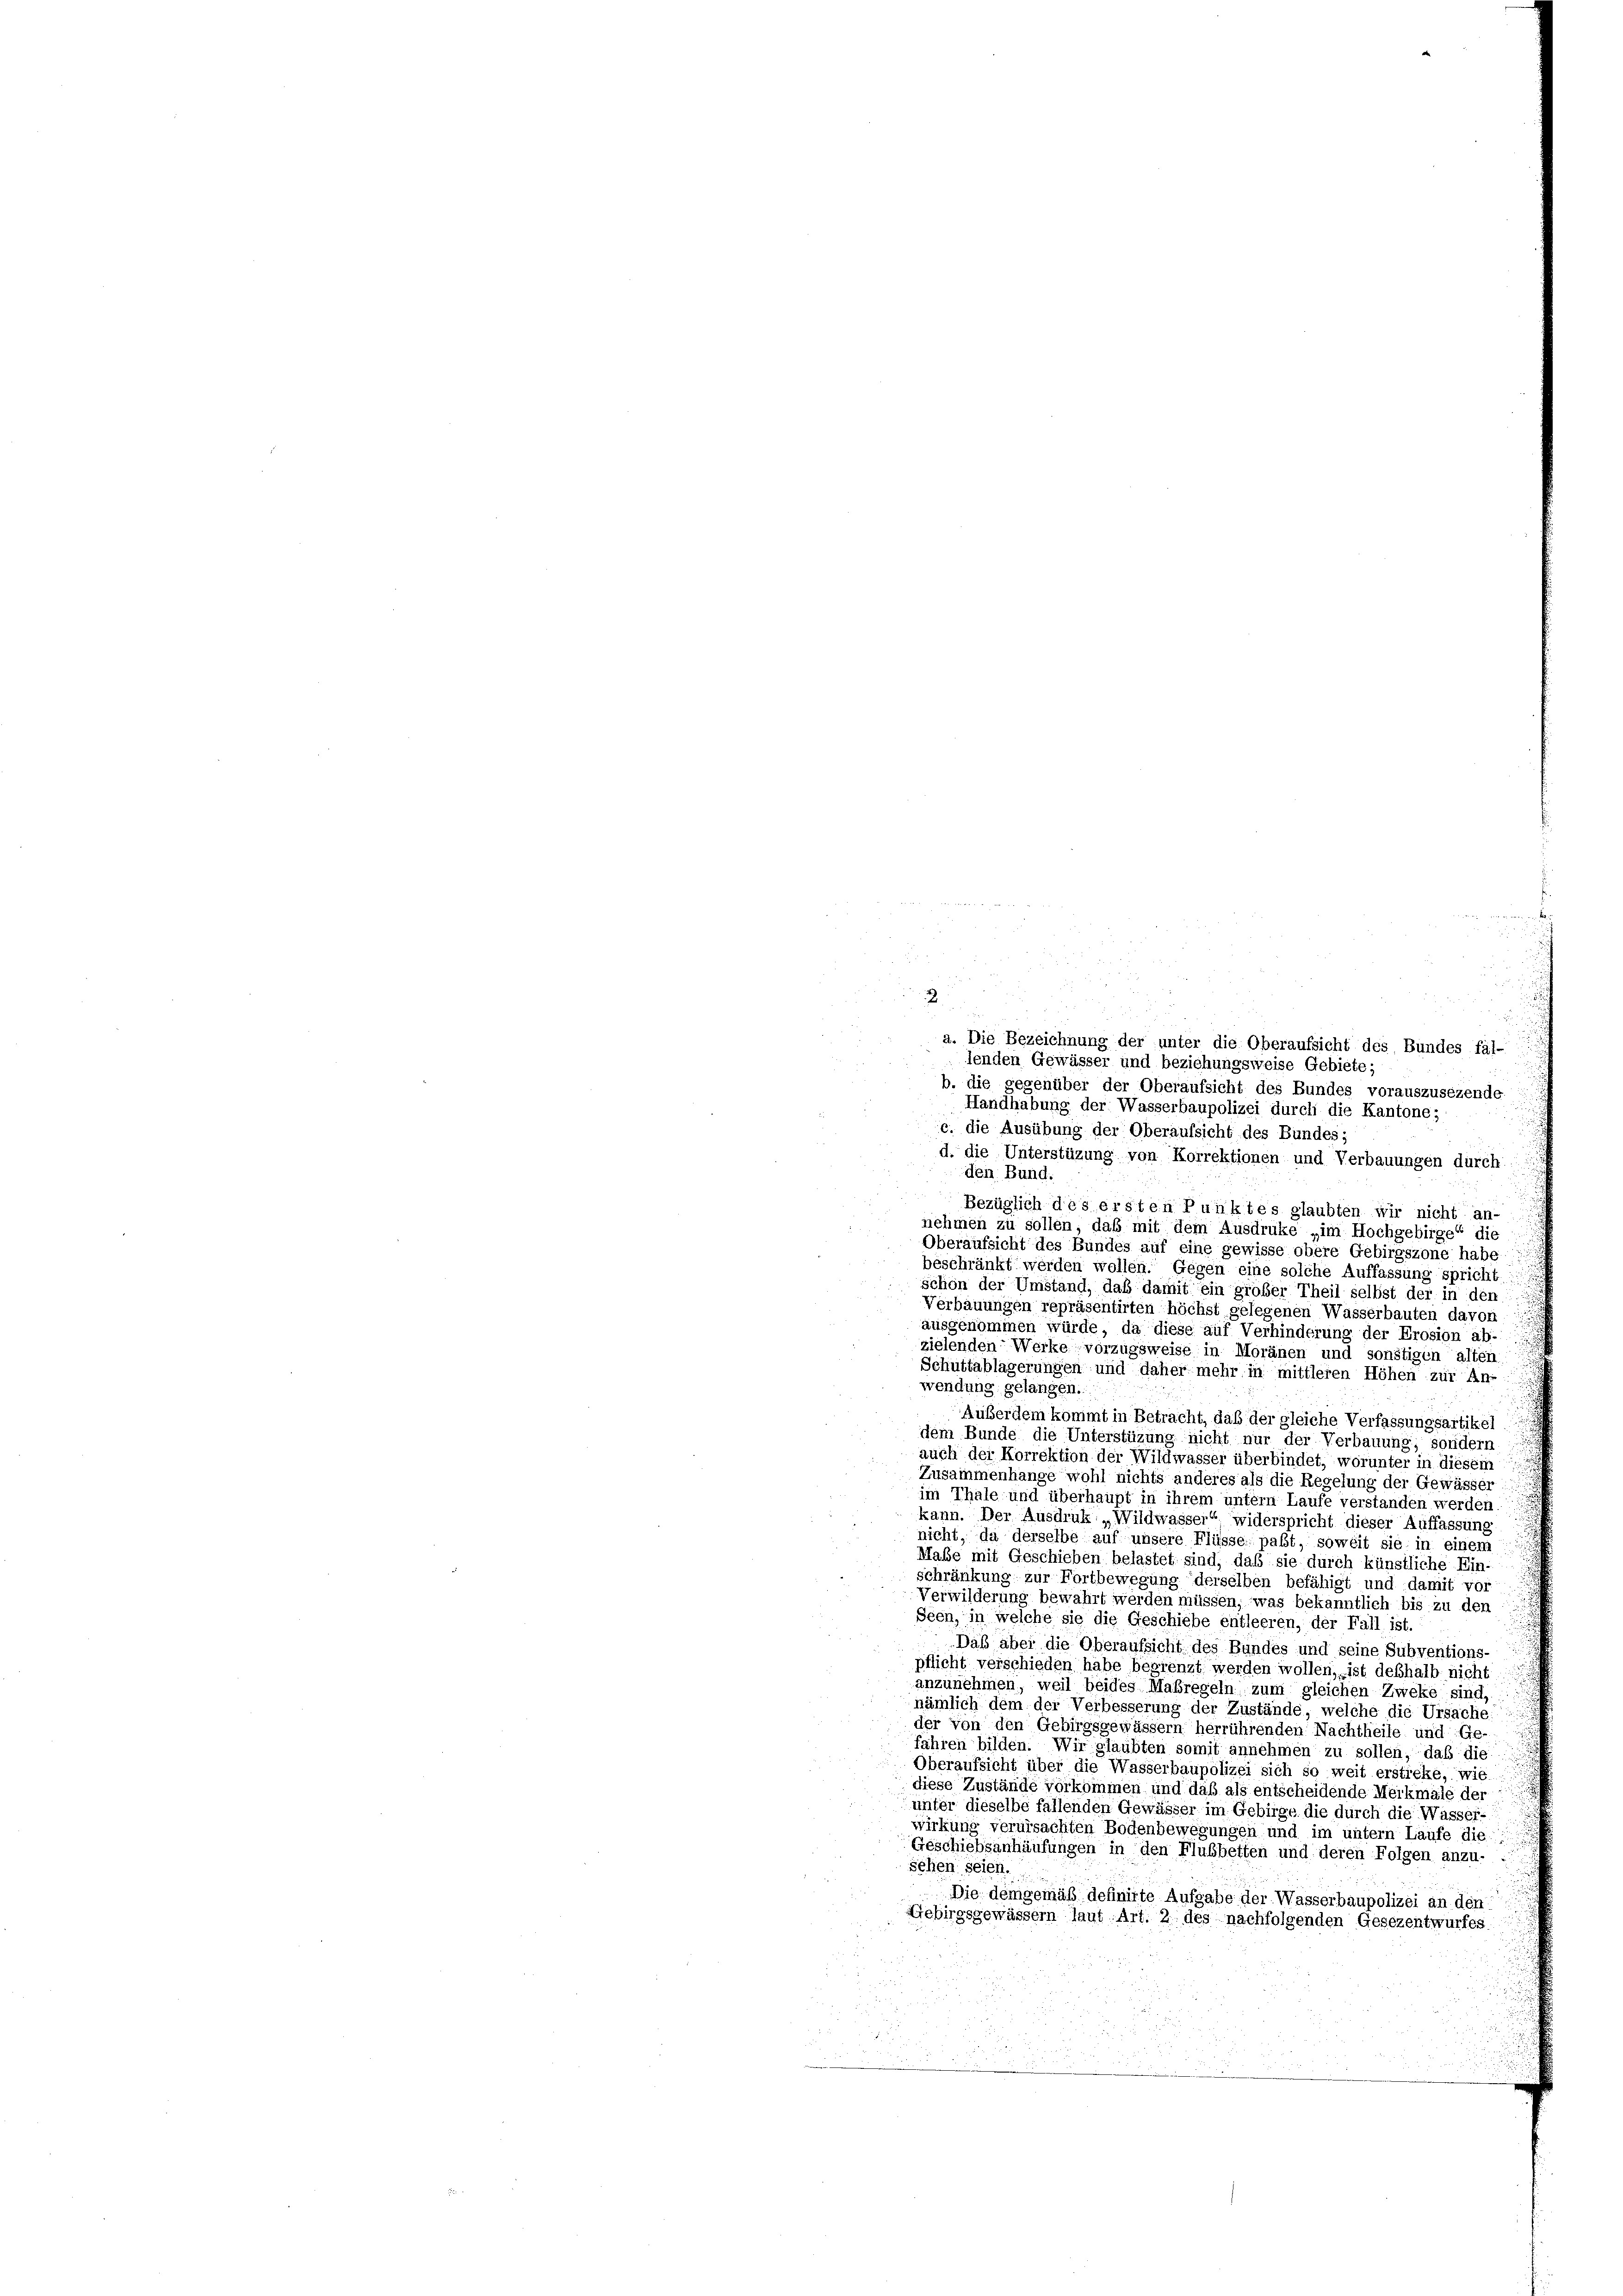
2
u
a. Die Bezeichnung der unter die Oberaufsicht des Bundes fäl-
lenden Gewässer und beziehungsweise Gebiete;
b. die gegenüber der Oberaufsicht des Bundes vorauszusezende
Handhabung der Wasserbaupolizei durch die Kantone;
c. die Ausübung der Oberaufsicht des Bundes;
d. die Unterstüzung von Korrektionen und Verbauungen durch
den Bund.
Bezüglich des ersten Punktes glaubten wir nicht an-
nehmen zu sollen, daß mit dem Ausdruke „im Hochgebirge“ die
Oberaufsicht des Bundes auf eine gewisse obere Gebirgszone habe
beschränkt werden wollen. Gegen eine solche Auffassung spricht
schon der Umstand, daß damit ein großer Theil selbst der in den
Verbauungen repräsentirten höchst gelegenen Wasserbauten davon
ausgenommen würde, da diese auf Verhinderung der Erosion ab-
zielenden Werke vorzugsweise in Moränen und sonstigen alten
Schuttablagerungen und daher mehr in mittleren Höhen zur An-
wendung gelangen.
i
Außerdem kommt in Betracht, daß der gleiche Verfassungsartikel
dem Bunde die Unterstüzung nicht nur der Verbauung; sondern
auch der Korrektion der Wildwasser überbindet, worunter in diesem
Zusammenhänge wohl nichts anderes als die Regelung der Gewässer
im Thale und überhaupt in ihrem untern Laufe verstanden werden.
kann. Der Ausdruk „Wildwasser“ widerspricht dieser Auffassung
nicht, da derselbe auf unsere Flüsse paßt, soweit sie in einem
Maße mit Geschieben belastet sind, daß sie durch künstliche Ein-
schränkung zur Fortbewegung derselben befähigt und damit vor
Verwilderung bewahrt werden müssen, was bekanntlich bis zu den
Seen, in welche sie die Geschiebe entleeren, der Fall ist.
Daß aber die Oberaufsicht des Bundes und seine Subventions-
pflicht verschieden habe begrenzt werden wollen, ist deshalb nicht
anzunehmen, weil beides Maßregeln zum gleichen Zweke sind,
nämlich dem der Verbesserung der Zustände, welche die Ursache:
der von den Gebirgsgewässern herrührenden Nachtheile und Ge-
fahren bilden. Wir glaubten somit annehmen zu sollen, daß die
Oberaufsicht über die Wasserbaupolizei sich so weit ersticke, wie
diese Zustände vorkommen und daß als entscheidende Merkmale der
unter dieselbe fallenden Gewässer im Gebirge die durch die Wasser-
wirkung verursachten Bodenbewegungen und im untern Laufe die
Geschiebsanhäufungen in den Flußbetten und deren Folgen anzu-
sehen seien.
Die demgemäß definirte Aufgabe der Wasserbaupolizei an den
Gebirgsgewässern laut Art. 2 des nachfolgenden Gesezentwurfes